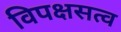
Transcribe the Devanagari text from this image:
विपक्षसत्व